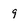
Character: 9